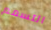
التسمم